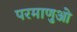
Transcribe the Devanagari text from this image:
परमाणुओ